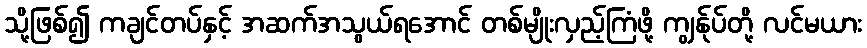
သို့ဖြစ်၍ ကချင်တပ်နှင့် အဆက်အသွယ်ရအောင် တစ်မျိုးလှည့်ကြံဖို့ ကျွန်ုပ်တို့ လင်မယား